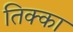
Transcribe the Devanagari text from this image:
तिक्का